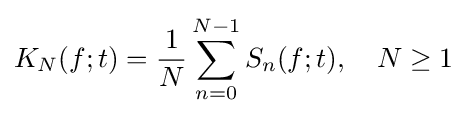
K_{N}(f;t)={\frac {1}{N}}\sum _{n=0}^{N-1}S_{n}(f;t),\quad N\geq 1